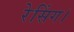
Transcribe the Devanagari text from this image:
रेसिंग।